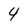
Character: 4